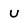
Character: u